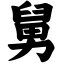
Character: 舅